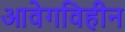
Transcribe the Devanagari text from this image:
आवेगविहीन